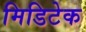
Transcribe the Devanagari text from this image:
मिडिटेक